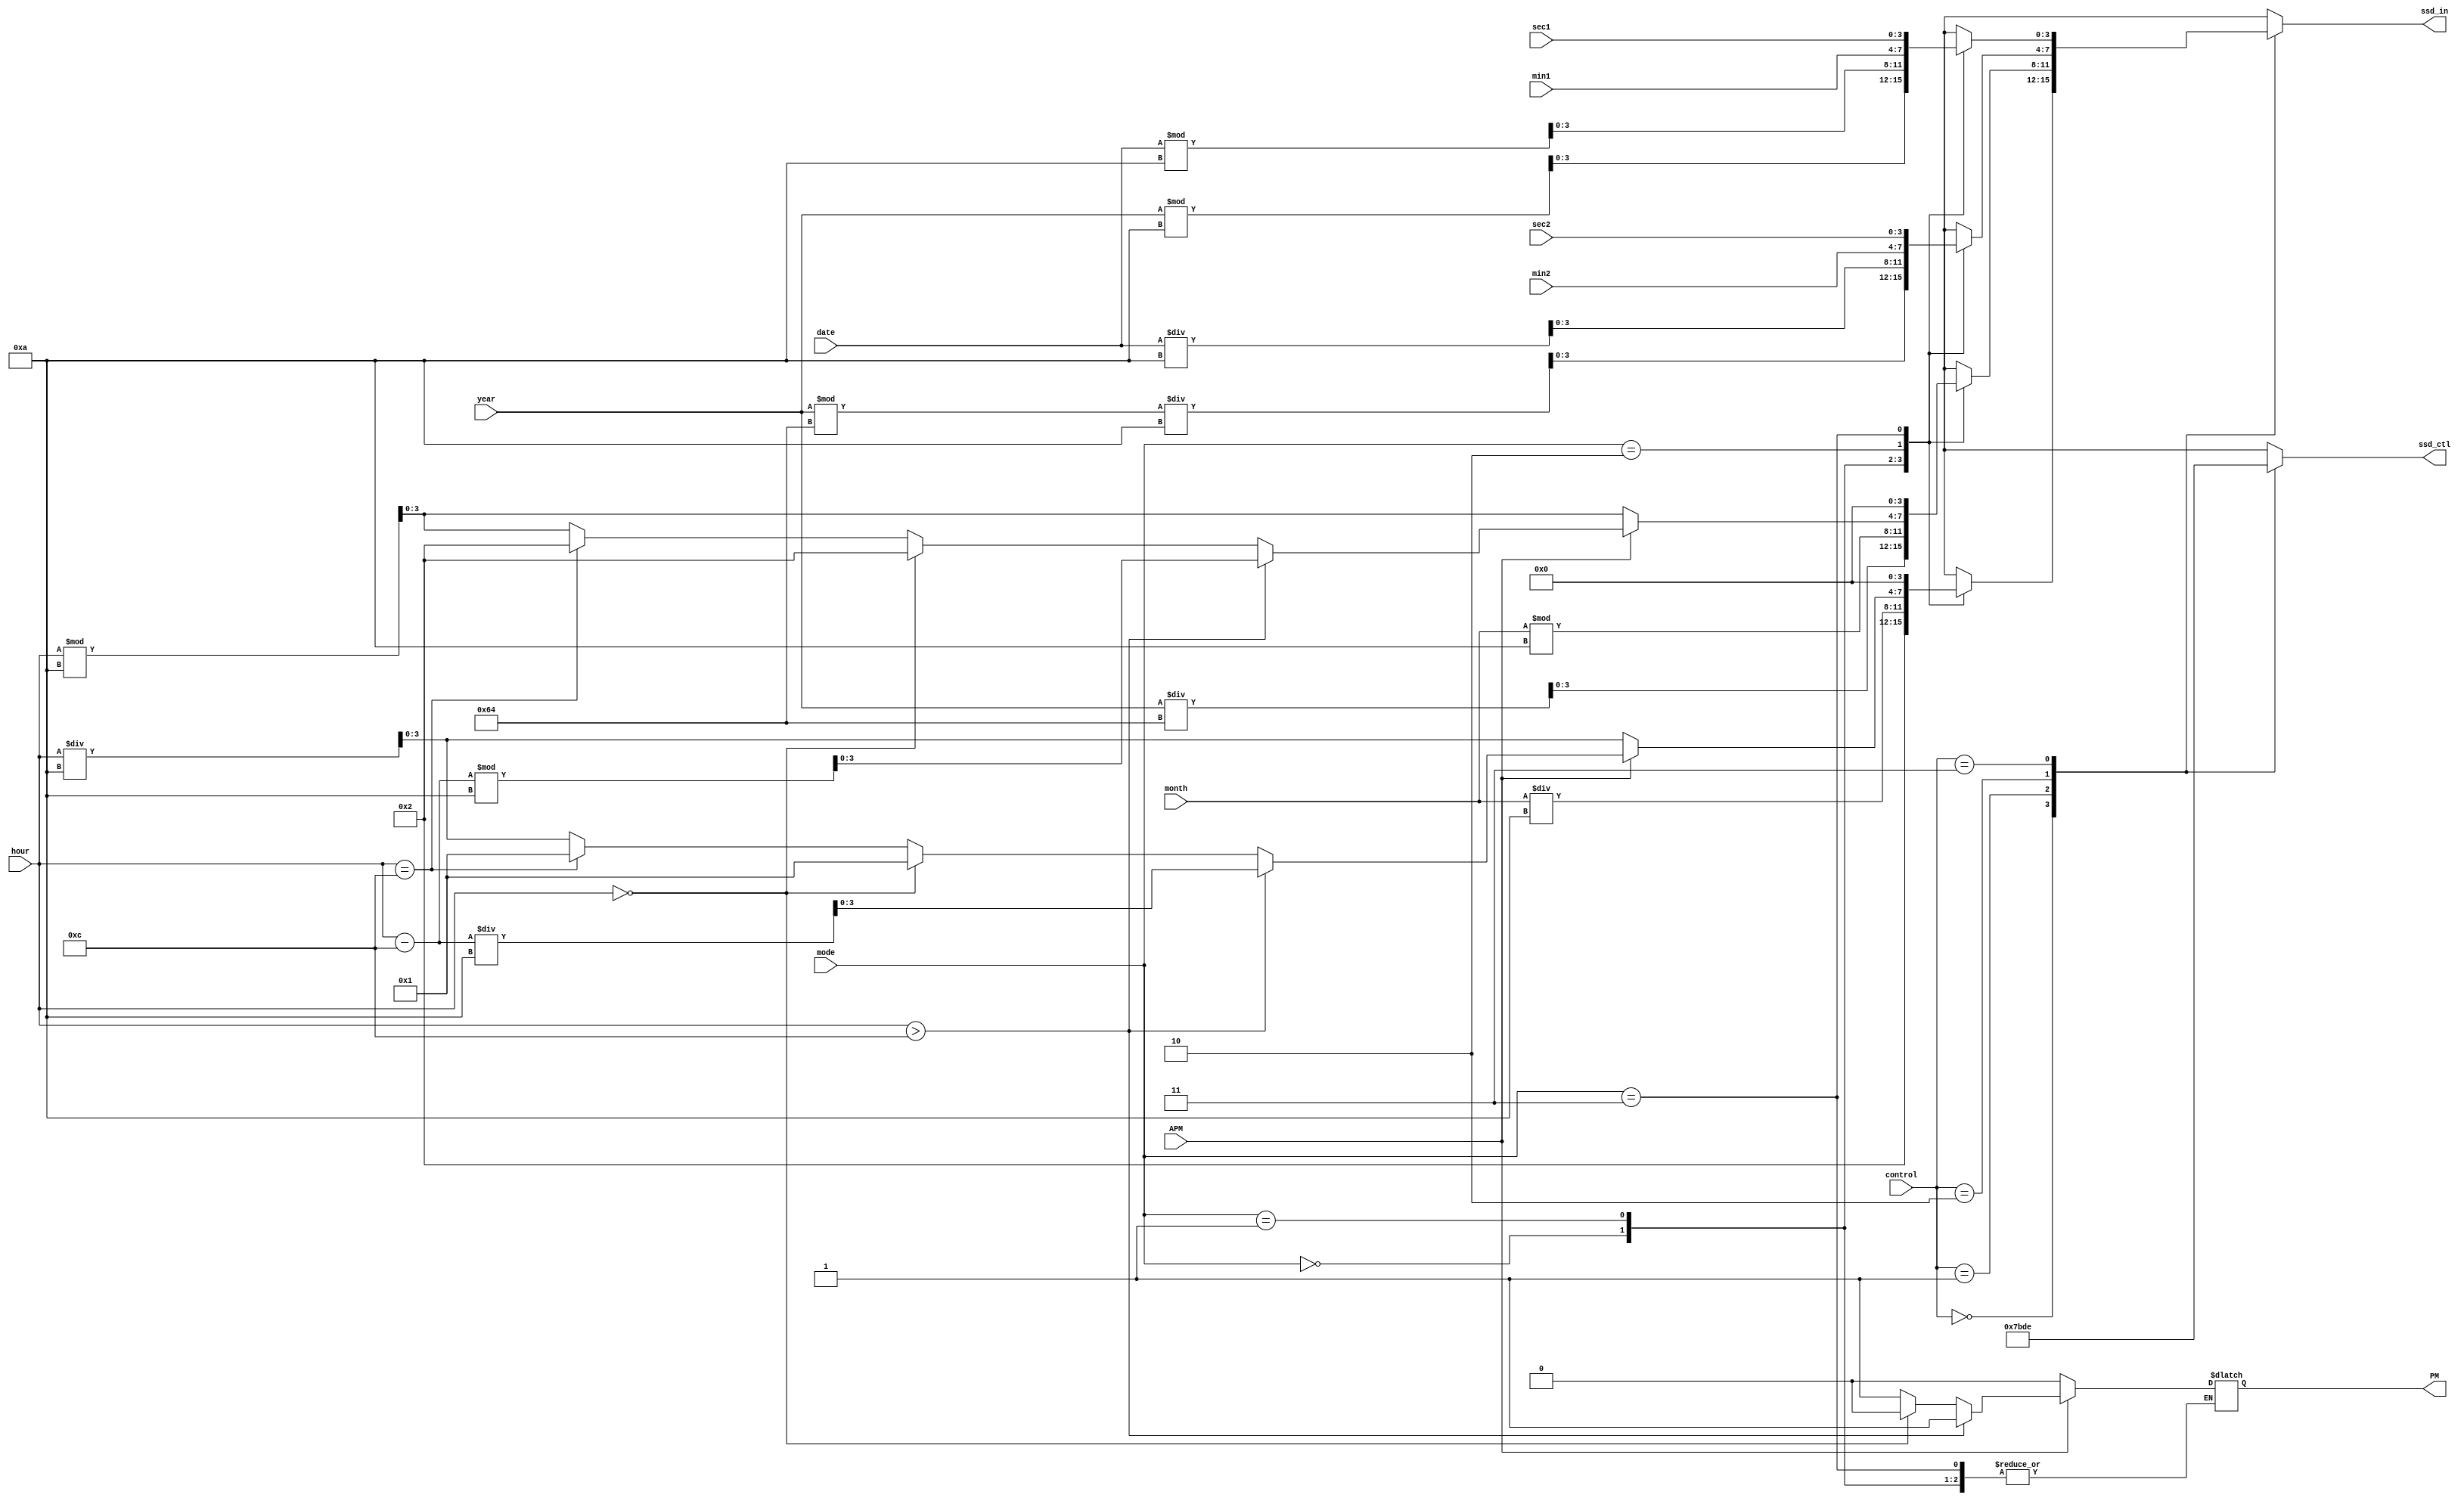
module scan(ssd_ctl, ssd_in, PM, sec1, sec2, min1, min2, hour, date, month, year, control, mode, APM);
    output reg [3:0] ssd_in;
    output reg [3:0] ssd_ctl;
    output reg PM;
    input APM;
    input [1:0]mode;
    input [3:0]sec1;
    input [3:0]sec2;
    input [3:0]min1;
    input [3:0]min2;
    input [4:0]hour;
    input [4:0]date;
    input [3:0]month;
    input [7:0]year;
    input [1:0] control;
    
    reg [3:0] cnt1;
    reg [3:0] cnt2;
    reg [3:0] cnt3;
    reg [3:0] cnt4; 
    
    always@*
        case(mode)
            2'b00: begin
                cnt4 = 4'b0010;
                cnt3 = year / 7'd100;
                cnt2 = (year % 100) / 4'd10;
                cnt1 = year % 4'd10;
            end
            2'b01: begin
                 cnt4 = month / 4'd10;
                 cnt3 = month % 4'd10;
                 cnt2 = date / 4'd10;
                 cnt1 = date % 4'd10;   
            end
            2'b10: begin
                if (APM) begin
                    if (hour > 5'd12) begin
                        PM = 1'b1;
                        cnt4 = (hour - 4'd12) / 5'd10;
                        cnt3 = (hour - 4'd12) % 5'd10;
                        cnt2 = min2;
                        cnt1 = min1;
                    end
                    else if (hour == 5'd0) begin 
                        cnt4 = 4'd1;
                        cnt3 = 4'd2;
                        PM = 1'b0;
                        cnt2 = min2;
                        cnt1 = min1;
                    end
                    else if (hour == 5'd12) begin 
                        cnt4 = 4'd1;
                        cnt3 = 4'd2;
                        PM = 1'b1;   
                        cnt2 = min2;
                        cnt1 = min1;  
                    end
                    else begin
                        cnt4 = hour / 4'd10;
                        cnt3 = hour % 4'd10;
                        PM = 1'b1;
                        cnt2 = min2;
                        cnt1 = min1;     
                    end 
                end
                else begin
                    cnt4 = hour / 4'd10;
                    cnt3 = hour % 4'd10;   
                    PM = 1'b0;
                    cnt2 = min2;
                    cnt1 = min1;      
                end 
            end
            2'b11: begin
                cnt4 = 4'b0000;
                cnt3 = 4'b0000;
                cnt2 = sec2;
                cnt1 = sec1;    
            end
            default: begin
                cnt4 = 4'b0010;
                cnt3 = year / 7'd100;
                cnt2 = (year % 100) / 4'd10;
                cnt1 = year % 4'd10;     
            end
    endcase
      
    always@*
        case(control)
              2'b00:
                  begin
                      ssd_ctl = 4'b0111;
                      ssd_in = cnt4;
                  end
              2'b01:
                  begin
                      ssd_ctl = 4'b1011;
                      ssd_in = cnt3;
                  end
              2'b10:
                  begin
                      ssd_ctl = 4'b1101;
                      ssd_in = cnt2;
                  end
              2'b11:
                  begin
                      ssd_ctl = 4'b1110;
                      ssd_in = cnt1;
                  end
              default:
                  begin
                      ssd_ctl = 4'b0000;
                      ssd_in = 4'b0000;
                  end
      endcase
      
 endmodule